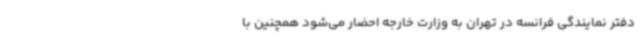
دفتر نمایندگی فرانسه در تهران به وزارت خارجه احضار می‌شود همچنین با